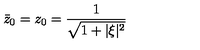
{ \bar { z } } _ { 0 } = z _ { 0 } = \frac { 1 } { \sqrt { 1 + \vert \xi \vert ^ { 2 } } }